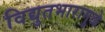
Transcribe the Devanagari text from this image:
विद्युतभारामुळे